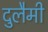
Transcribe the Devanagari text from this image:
दुलैमी